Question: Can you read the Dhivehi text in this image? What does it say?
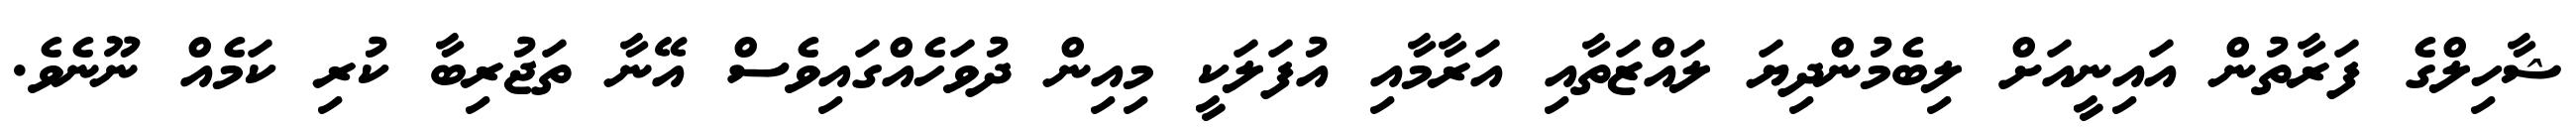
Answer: ޝާހިލްގެ ފަރާތުން އައިނީއަށް ލިބެމުންދިޔަ ލައްޒަތާއި އަރާމާއި އުފަލަކީ މިއިން ދުވަހެއްގައިވެސް އޭނާ ތަޖުރިބާ ކުރި ކަމެއް ނޫނެވެ.